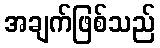
အချက်ဖြစ်သည်